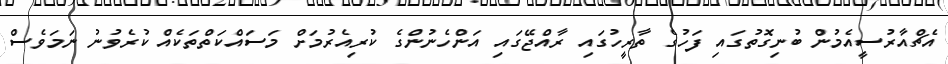
އެޗްއާރުސީއެމުން ބުނިގޮތުގައި ފަހުގެ ތާރީހުގައި ރާއްޖޭގައި އަންހެނުންގެ ކުރިއެރުމަށް މަސައްކަތްތަކެއް ކުރެވުނު ނަމަވެސް